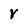
Character: V